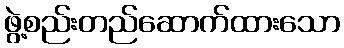
ဖွဲ့စည်းတည်ဆောက်ထားသော